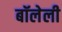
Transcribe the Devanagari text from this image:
बॉलेली